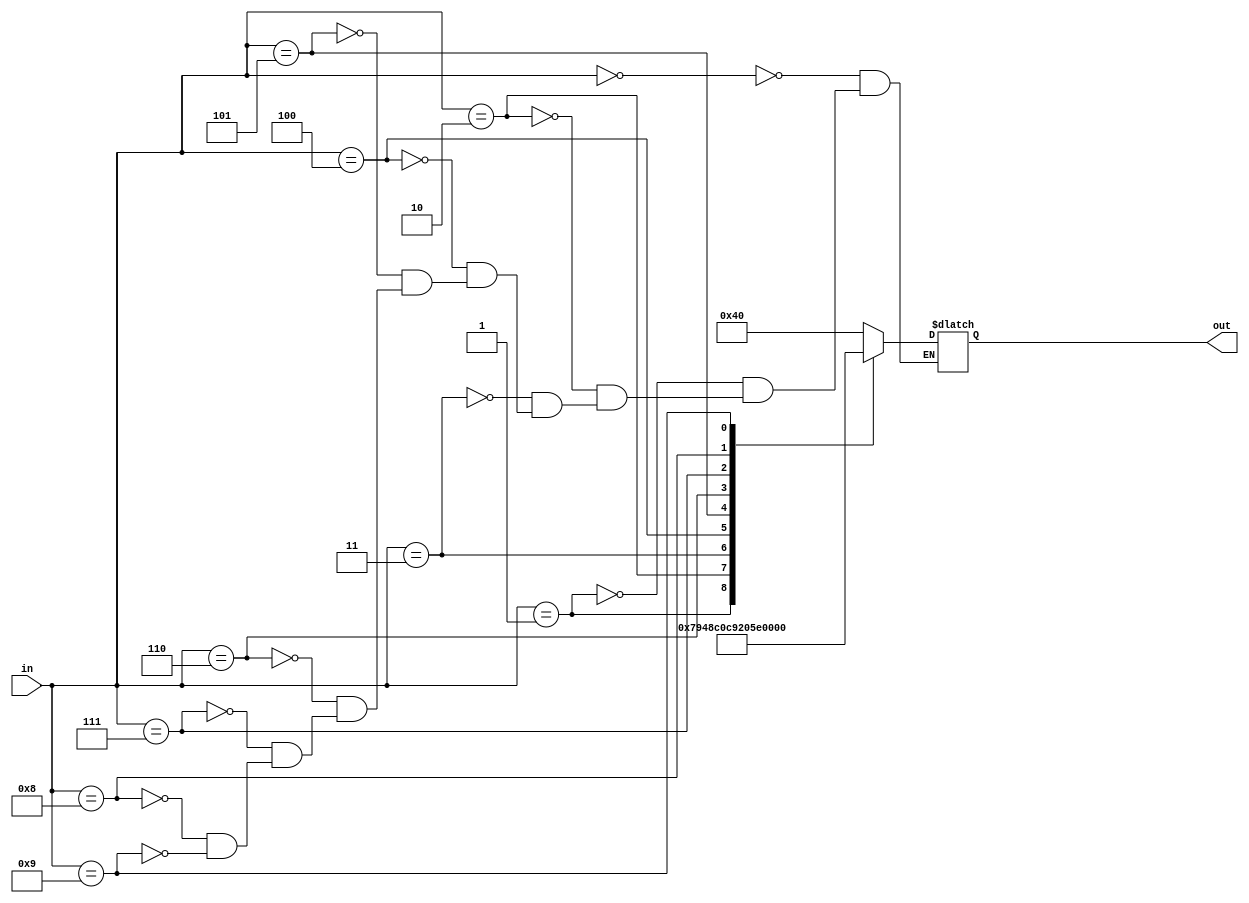
module Dec_7Seg(input[3:0] in, output reg[6:0] out);

initial begin
	out = 7'b100_0000;
end

always @(*) begin
	case(in)
		0: out = 7'b100_0000;
		1: out = 7'b111_1001;
		2: out = 7'b010_0100;
		3: out = 7'b011_0000;
		4: out = 7'b001_1001;
		5: out = 7'b001_0010;
		6: out = 7'b000_0010;
		7: out = 7'b111_1000;
		8: out = 7'b000_0000;
		9: out = 7'b001_0000;
	endcase
end

endmodule